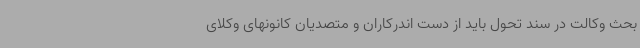
بحث وکالت در سند تحول باید از دست اندرکاران و متصدیان کانونهای وکلای